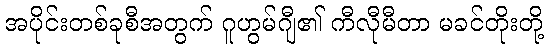
အပိုင်းတစ်ခုစီအတွက် ဂူဟွမ်ဂျီ၏ ကီလီုမီတာ မခင်တိုးတို့